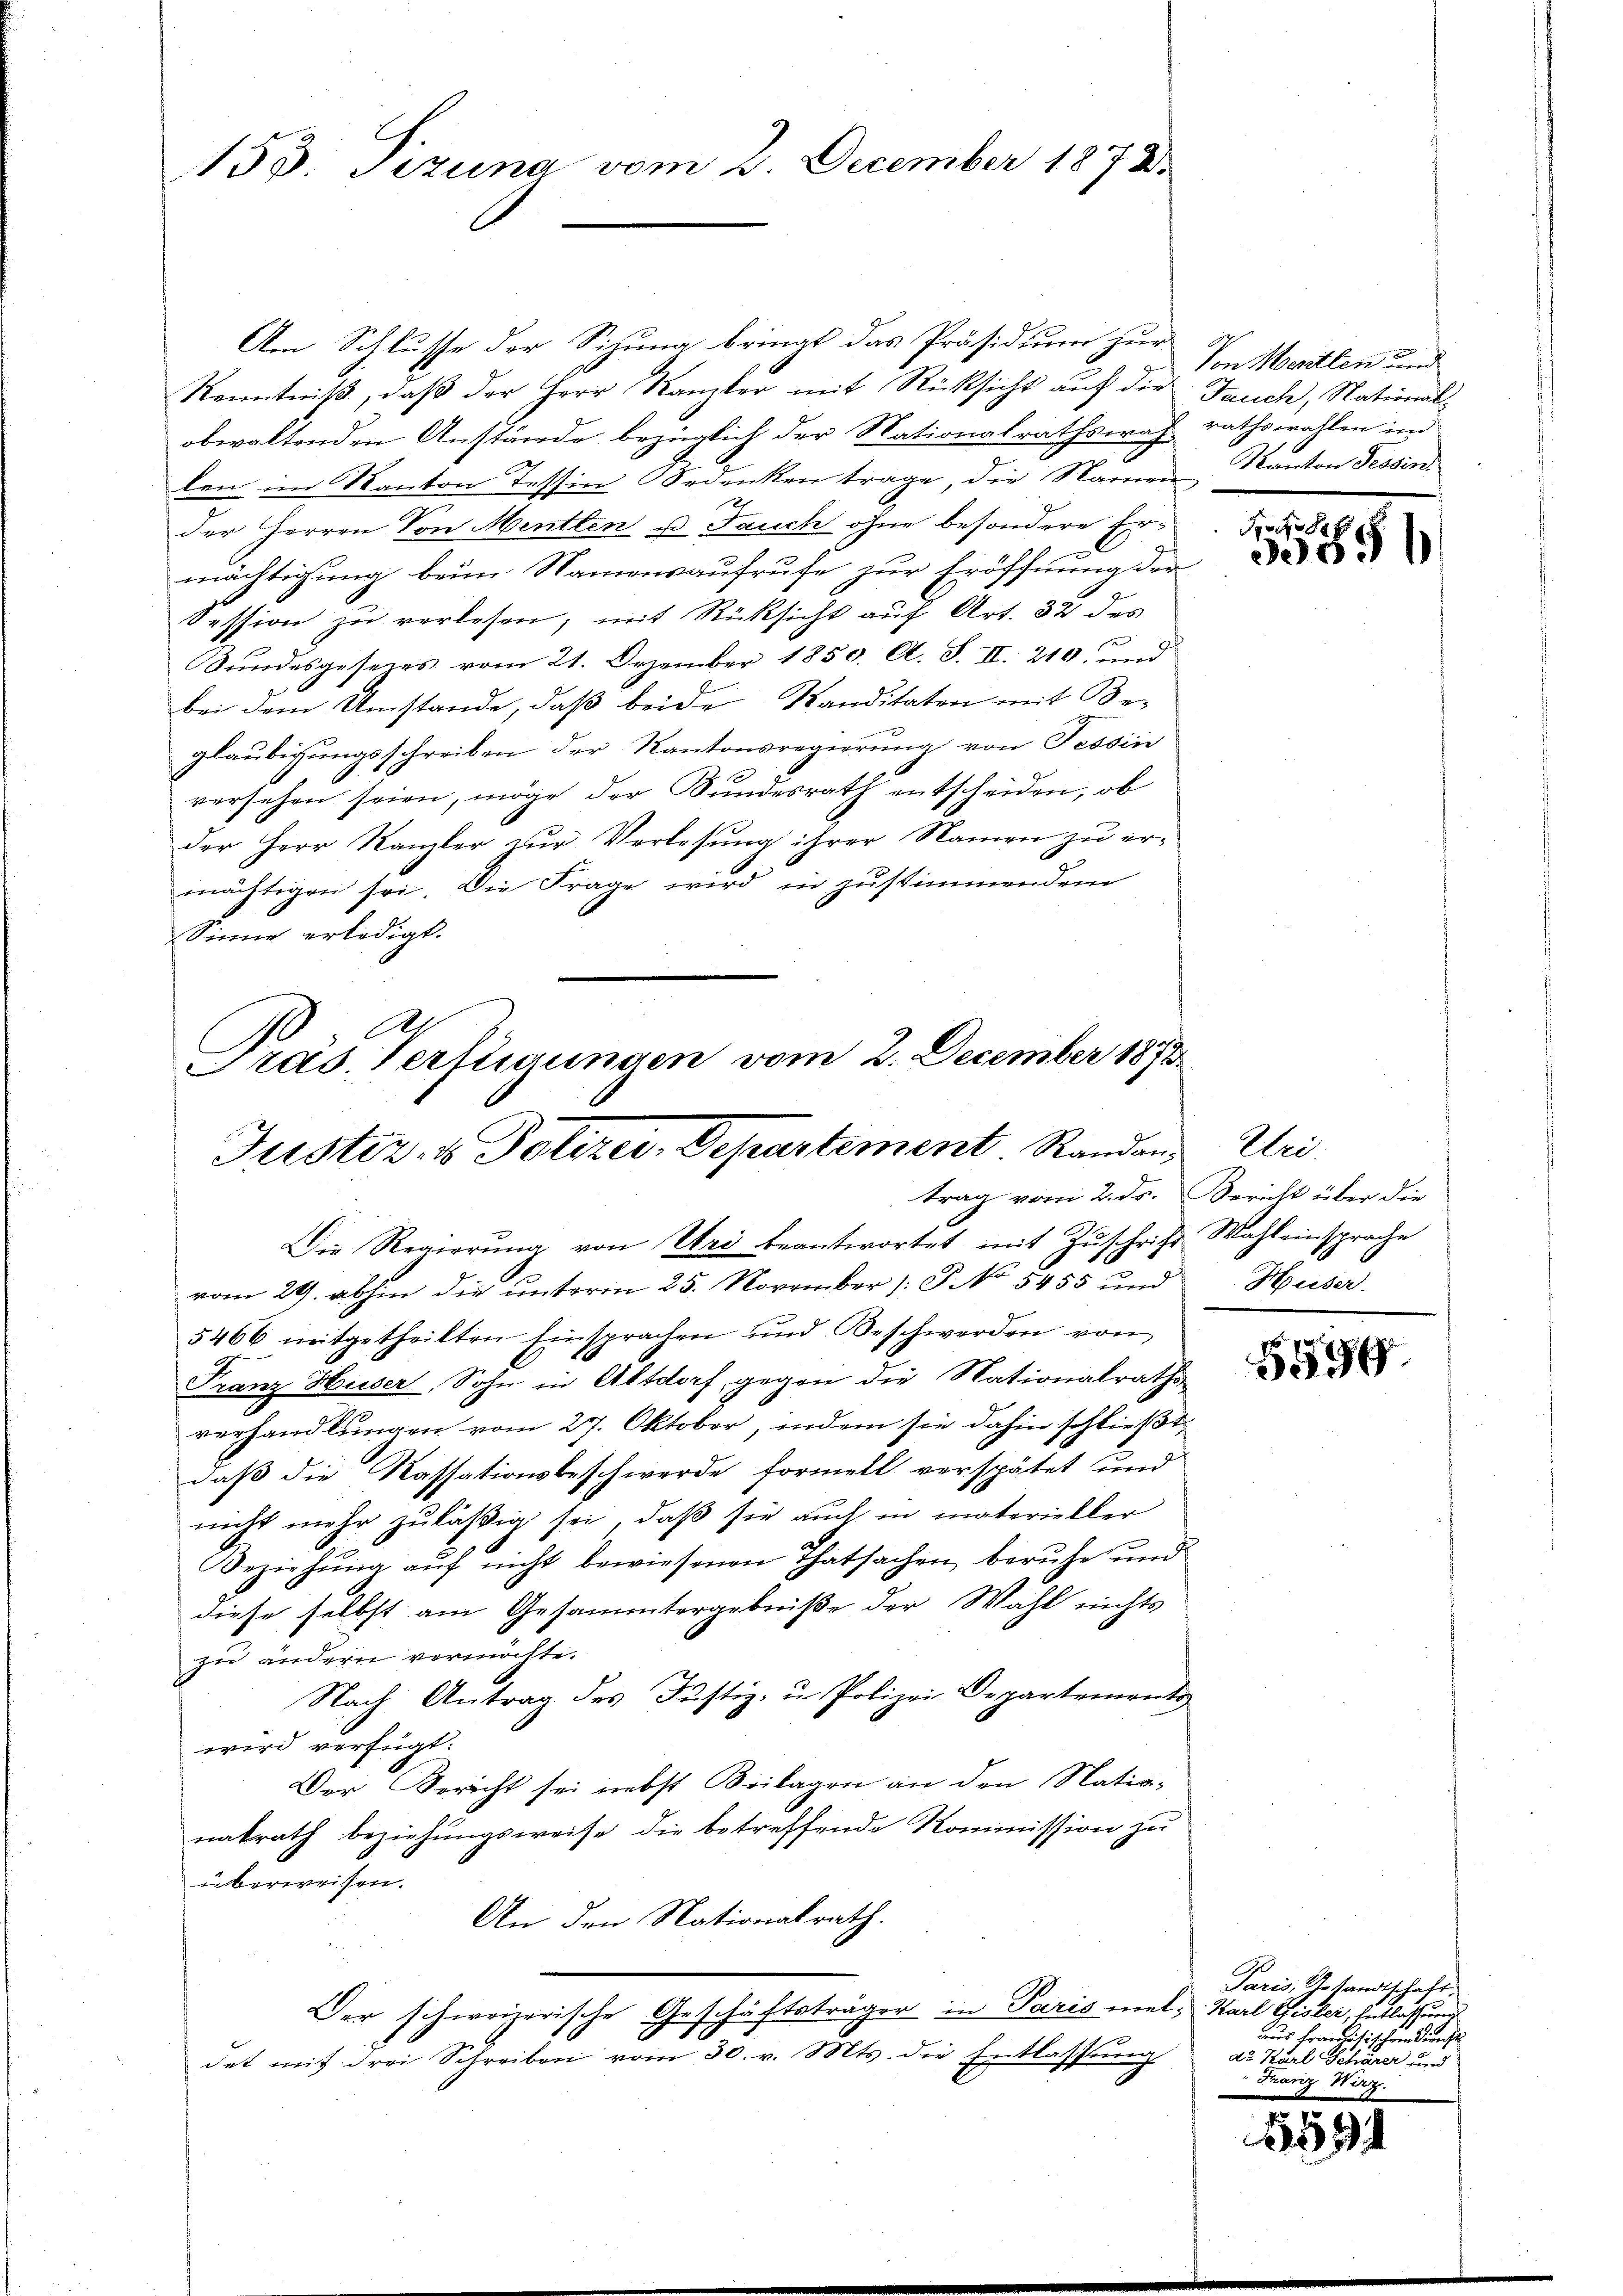
153: Pizuna vom 2. December 1878.

Am Schlusse der Sichung bringt das Präsidium zur
Kenntniß, daß der Herr Kanzler mit Rücksicht auf die Fruch, Nationalobwaltenden Anstände bezüglich der Nationalrathswah-
len im Kanton Tessin Bedenken trage, die Namen Kanton Tessin,
der Herren Von Menten u. Jauch ohne besondere Ermächtigung beim Namensaufrufe zur Eröffnung der
Session zu verlesen, mit Rücksicht auf Art. 32 des
Sundesgeseies vom 21. Dezember 1850. A. S. II. 210 und
bei dem Umstände, daß beide Kanditaten mit Be-
glaubigungsschreiben der Kantonsregierung von Tessin
versehen seien, möge der Bundesrath entscheiden, ob
der Herr Kanzler zŭr Verlesung ihrer Namen zu er-
mächtigen sei. Die Frage wird in zustimmendem
Sinne erledigt.

Justiz- & Polizer, Departement. Randen Uri,
trag vom 2. ds. Bericht über die
Die Regierung von Uri beantwortet mit Zuschrift Wahl einsprache

Präs. Verfligungen vom 2. December 1872

vom 29. abhin die unterm 25. November (: P. No 5455 und
5466 mitgetheilten Einsprachen und Beschwerden von
Franz Huser, Sohn in Altdorf, gegen die Nationalraths-
verhandlungen vom 27. Oktober, indem sie dahin schließt:
daß die Kassationsbeschwerde formell verspätet und
nicht mehr zuläßig sei, daß sie auch in materieller
Beziehung auf nicht bewiesenen Thatsachen beruhe und
diese selbst am Gesammtergebniße der Wahl nichts
zu ändern vermöchte.
Nach Antrag des Justiz- u. Polizei Departements
wird verfügt:
Der Bericht sei nebst Beilagen an den Nationatrath beziehungsweise die betreffende Kommission zu
überweisen.
An den Nationalrath.
Der schweizerische Geschäftsträger in Paris mel, Karl Gisler Entlassung
det mit drei Schreiben vom 30. v. Mts. die Entlassung

Von Meritten und
rathswahlen in

oo se
30051

Huser.

5599

Paris, Gesandtschaft,
aus Französischen dienst
dt. Karl Schärer und
 Thoriz Wirz.

1581